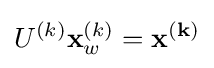
U^{(k)}\mathbf {x} _{w}^{(k)}=\mathbf {x^{(k)}}